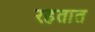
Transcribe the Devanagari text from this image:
रहतात